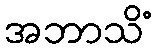
အဘာသိံ